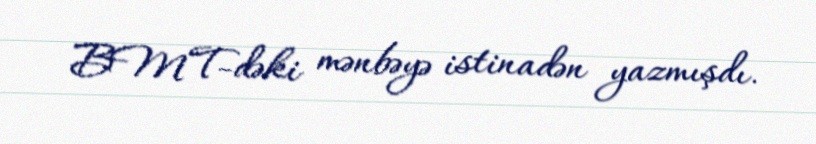
BMT-dəki mənbəyə istinadən yazmışdı.